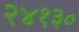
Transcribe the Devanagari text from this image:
२४१३०